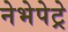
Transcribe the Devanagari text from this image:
नेभेपेट्रे